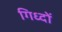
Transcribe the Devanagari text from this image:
गिध्दों